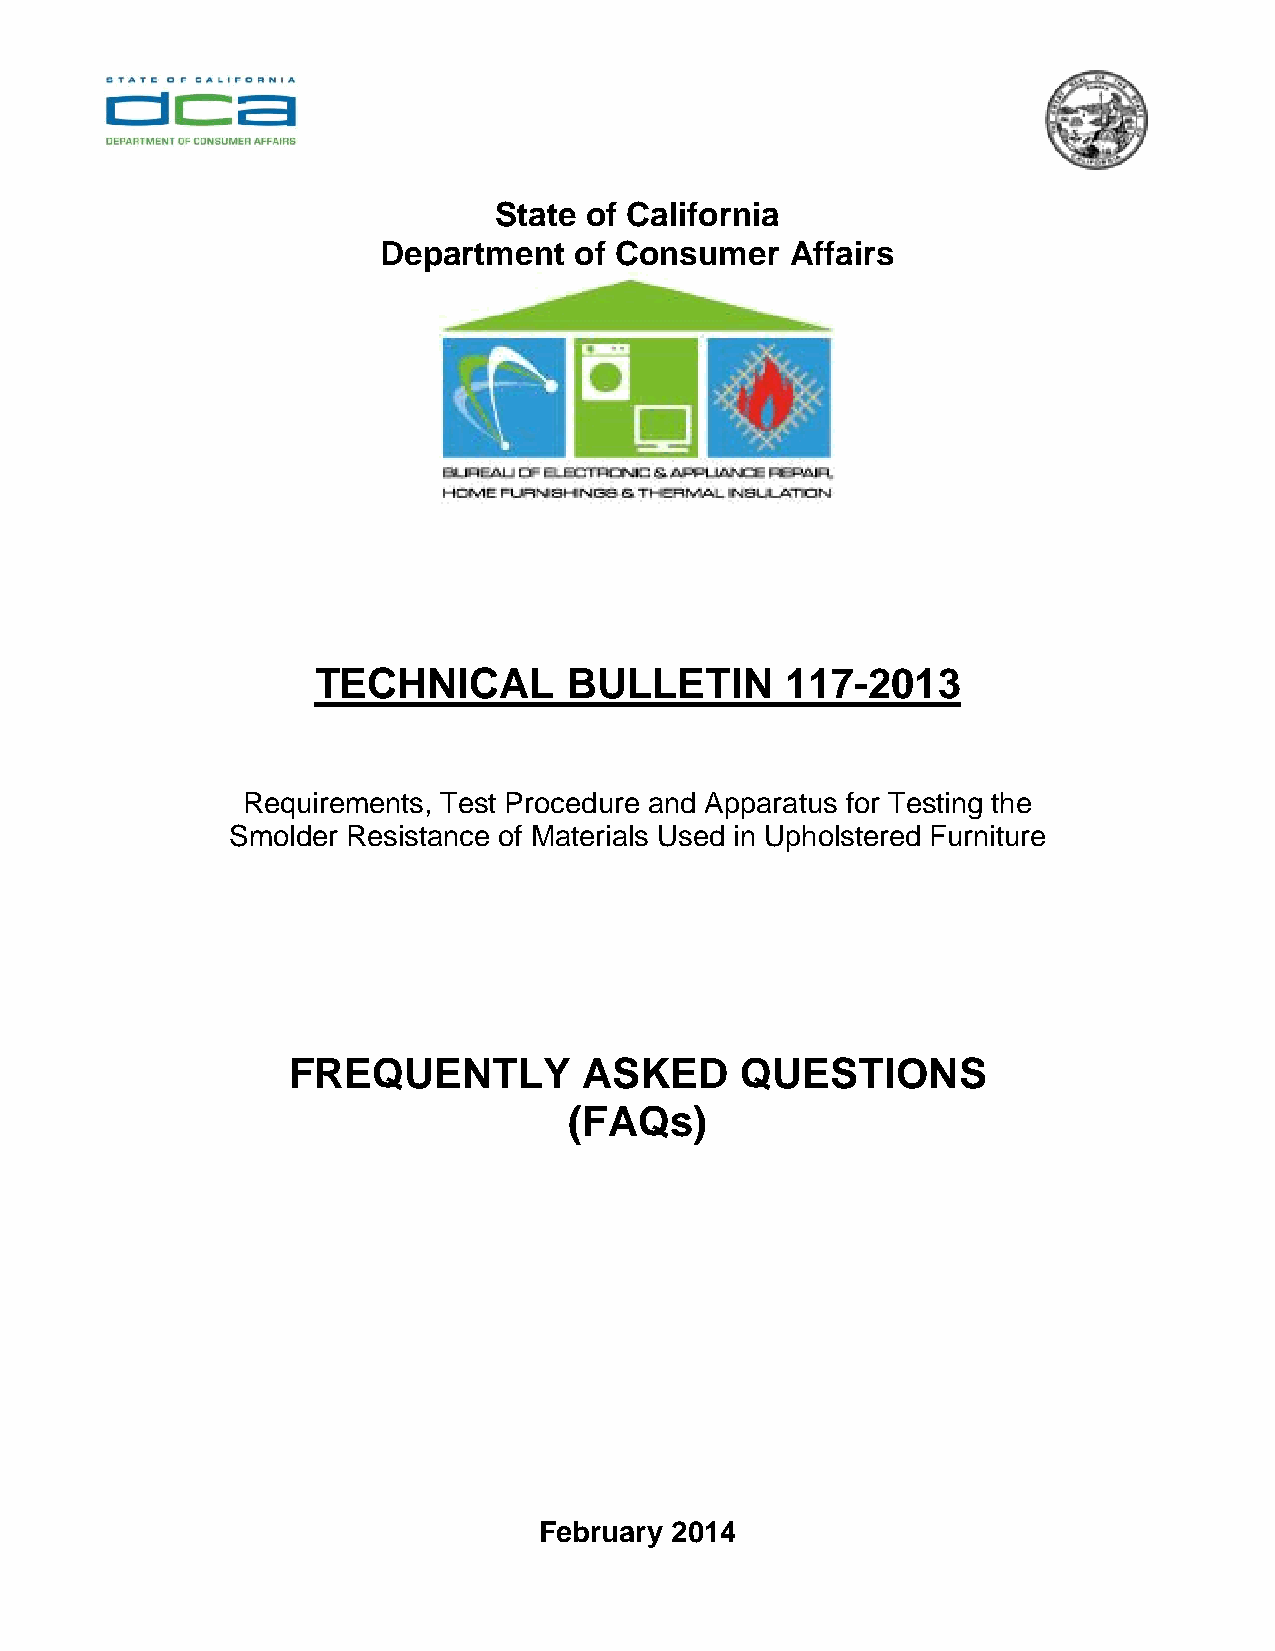
State of California
 Department   of Consumer   Affairs
 TECHNICAL        BULLETIN      117-2013
 Requirements, Test Procedure and Apparatus for Testing the
 Smolder Resistance of Materials Used in Upholstered Furniture
 FREQUENTLY          ASKED     QUESTIONS
 (FAQs)
 February 2014